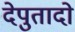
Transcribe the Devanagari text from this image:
देपुतादो